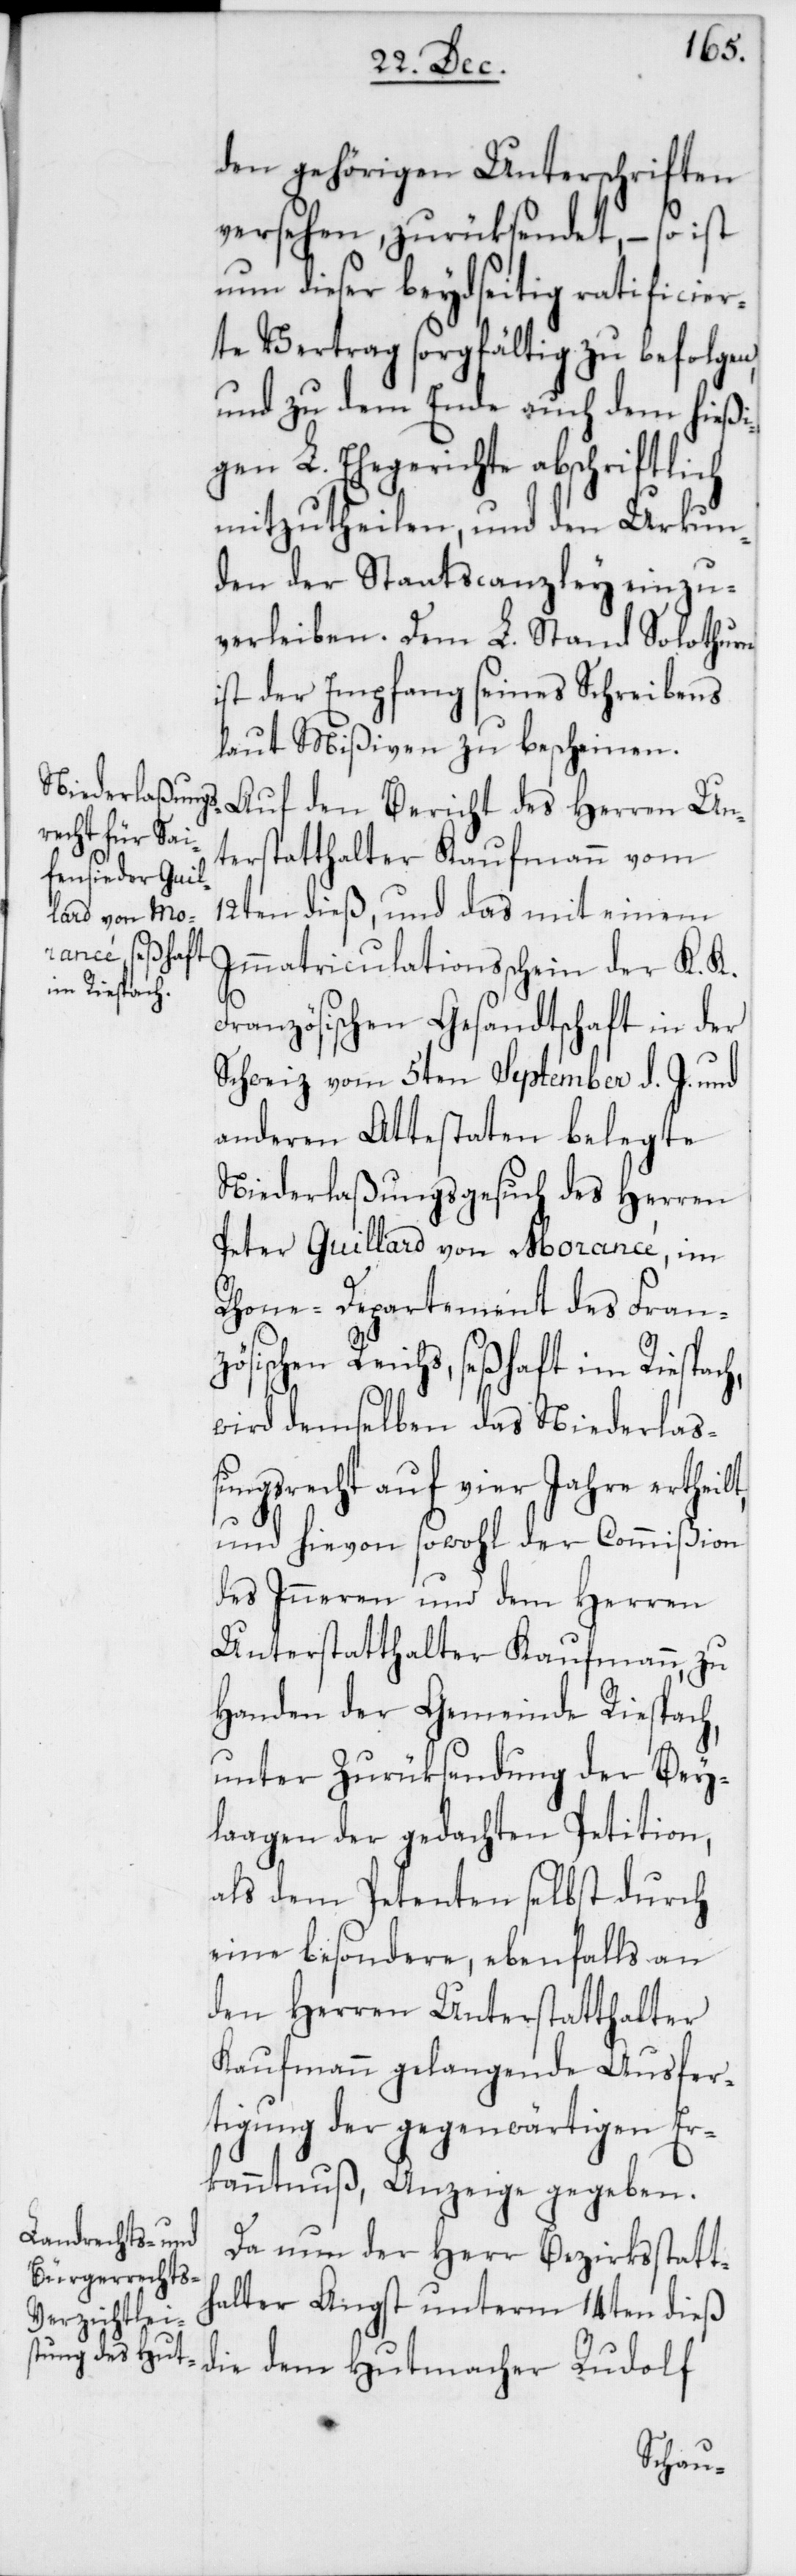
den gehörigen Unterschriften
versehen, zurüksendet, – so ist
nun dieser beydseitig ratificier¬
te Vertrag sorgfältig zu befolgen,
und zu dem Ende auch dem hießi¬
gen L. Ehegerichte abschriftlich
mitzutheilen, und den Urkun¬
den der Staatscanzley einzu¬
verleiben. Dem L. Stand Solothurn
ist der Empfang seines Schreibens
laut Mißiven zu bescheinen.
Auf den Bericht des Herren Un¬
terstatthalter Kaufmann vom
12ten dieß, und das mit einem
Immatriculationsschein der K. K.
Französischen Gesandtschaft in der
Schweiz vom 5ten September d. J. und
anderen Attestaten belegte
Niederlaßungsgesuch des Herren
Peter Guillard von Morancé, im
Rhone-Departement des Franz¬
ösischen Reichs, seßhaft im Riesbach,
wird demselben das Niederlaß¬
ungsrecht auf vier Jahre ertheilt,
und hievon sowohl der Commißion
des Inneren und dem Herren
Unterstatthalter Kaufmann, zu
Handen der Gemeinde Riesbach,
unter Zurüksendung der Bey¬
lagen der gedachten Petition,
als dem Petenten selbst durch
eine besondere, ebenfalls an
den Herren Unterstatthalter
Kaufmann gelangenden Ausfer¬
tigung der gegenwärtigen Er¬
kanntnuß, Anzeige gegeben.
Da nun der Herr Bezirksstatt¬
halter Angst unterm 14ten dieß